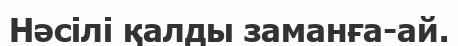
Нәсілі қалды заманға-ай.